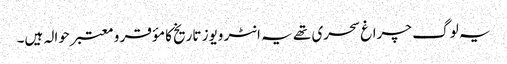
یہ لو گ چراغ سحری تھے یہ انٹر ویوز تاریخ کا مؤقر و معتبر حوالہ ہیں۔